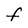
Character: F